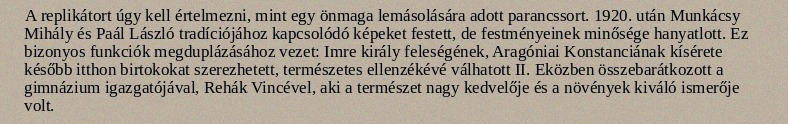
A replikátort úgy kell értelmezni, mint egy önmaga lemásolására adott parancssort. 1920. után Munkácsy Mihály és Paál László tradíciójához kapcsolódó képeket festett, de festményeinek minősége hanyatlott. Ez bizonyos funkciók megduplázásához vezet: Imre király feleségének, Aragóniai Konstanciának kísérete később itthon birtokokat szerezhetett, természetes ellenzékévé válhatott II. Eközben összebarátkozott a gimnázium igazgatójával, Rehák Vincével, aki a természet nagy kedvelője és a növények kiváló ismerője volt.